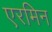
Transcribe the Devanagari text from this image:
एरमिन